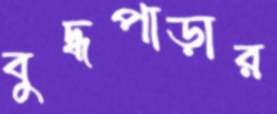
বুদ্ধপাড়ার